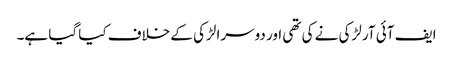
ایف آئی آر لڑکی نے کی تھی اور دوسرا لڑکی کے خلاف کیا گیا ہے۔